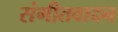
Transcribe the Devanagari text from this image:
संगीतवादन